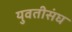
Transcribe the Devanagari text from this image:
युवतीसंघ